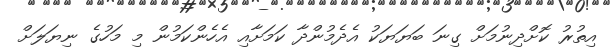
އިތުރު ކޮށްދިނުމަށް ގިނަ ބަޔަޔަކު އެދެމުންދާ ކަމަށާއި އެހެންކަމުން މި މަހުގެ ނިޔަލަށް